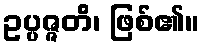
ဥပ္ပဇ္ဇတိ၊ ဖြစ်၏။